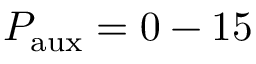
P _ { \mathrm { a u x } } = 0 - 1 5